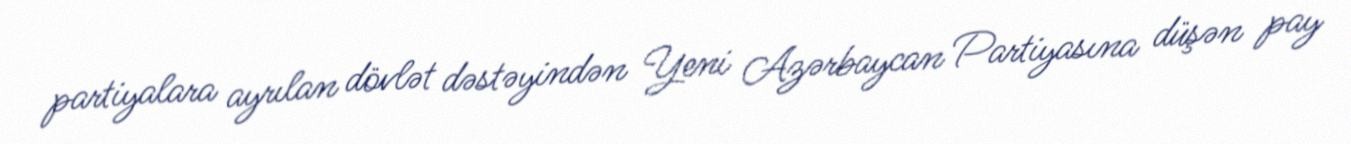
partiyalara ayrılan dövlət dəstəyindən Yeni Azərbaycan Partiyasına düşən pay